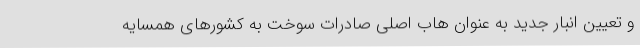
و تعیین انبار جدید به عنوان هاب اصلی صادرات سوخت به کشورهای همسایه